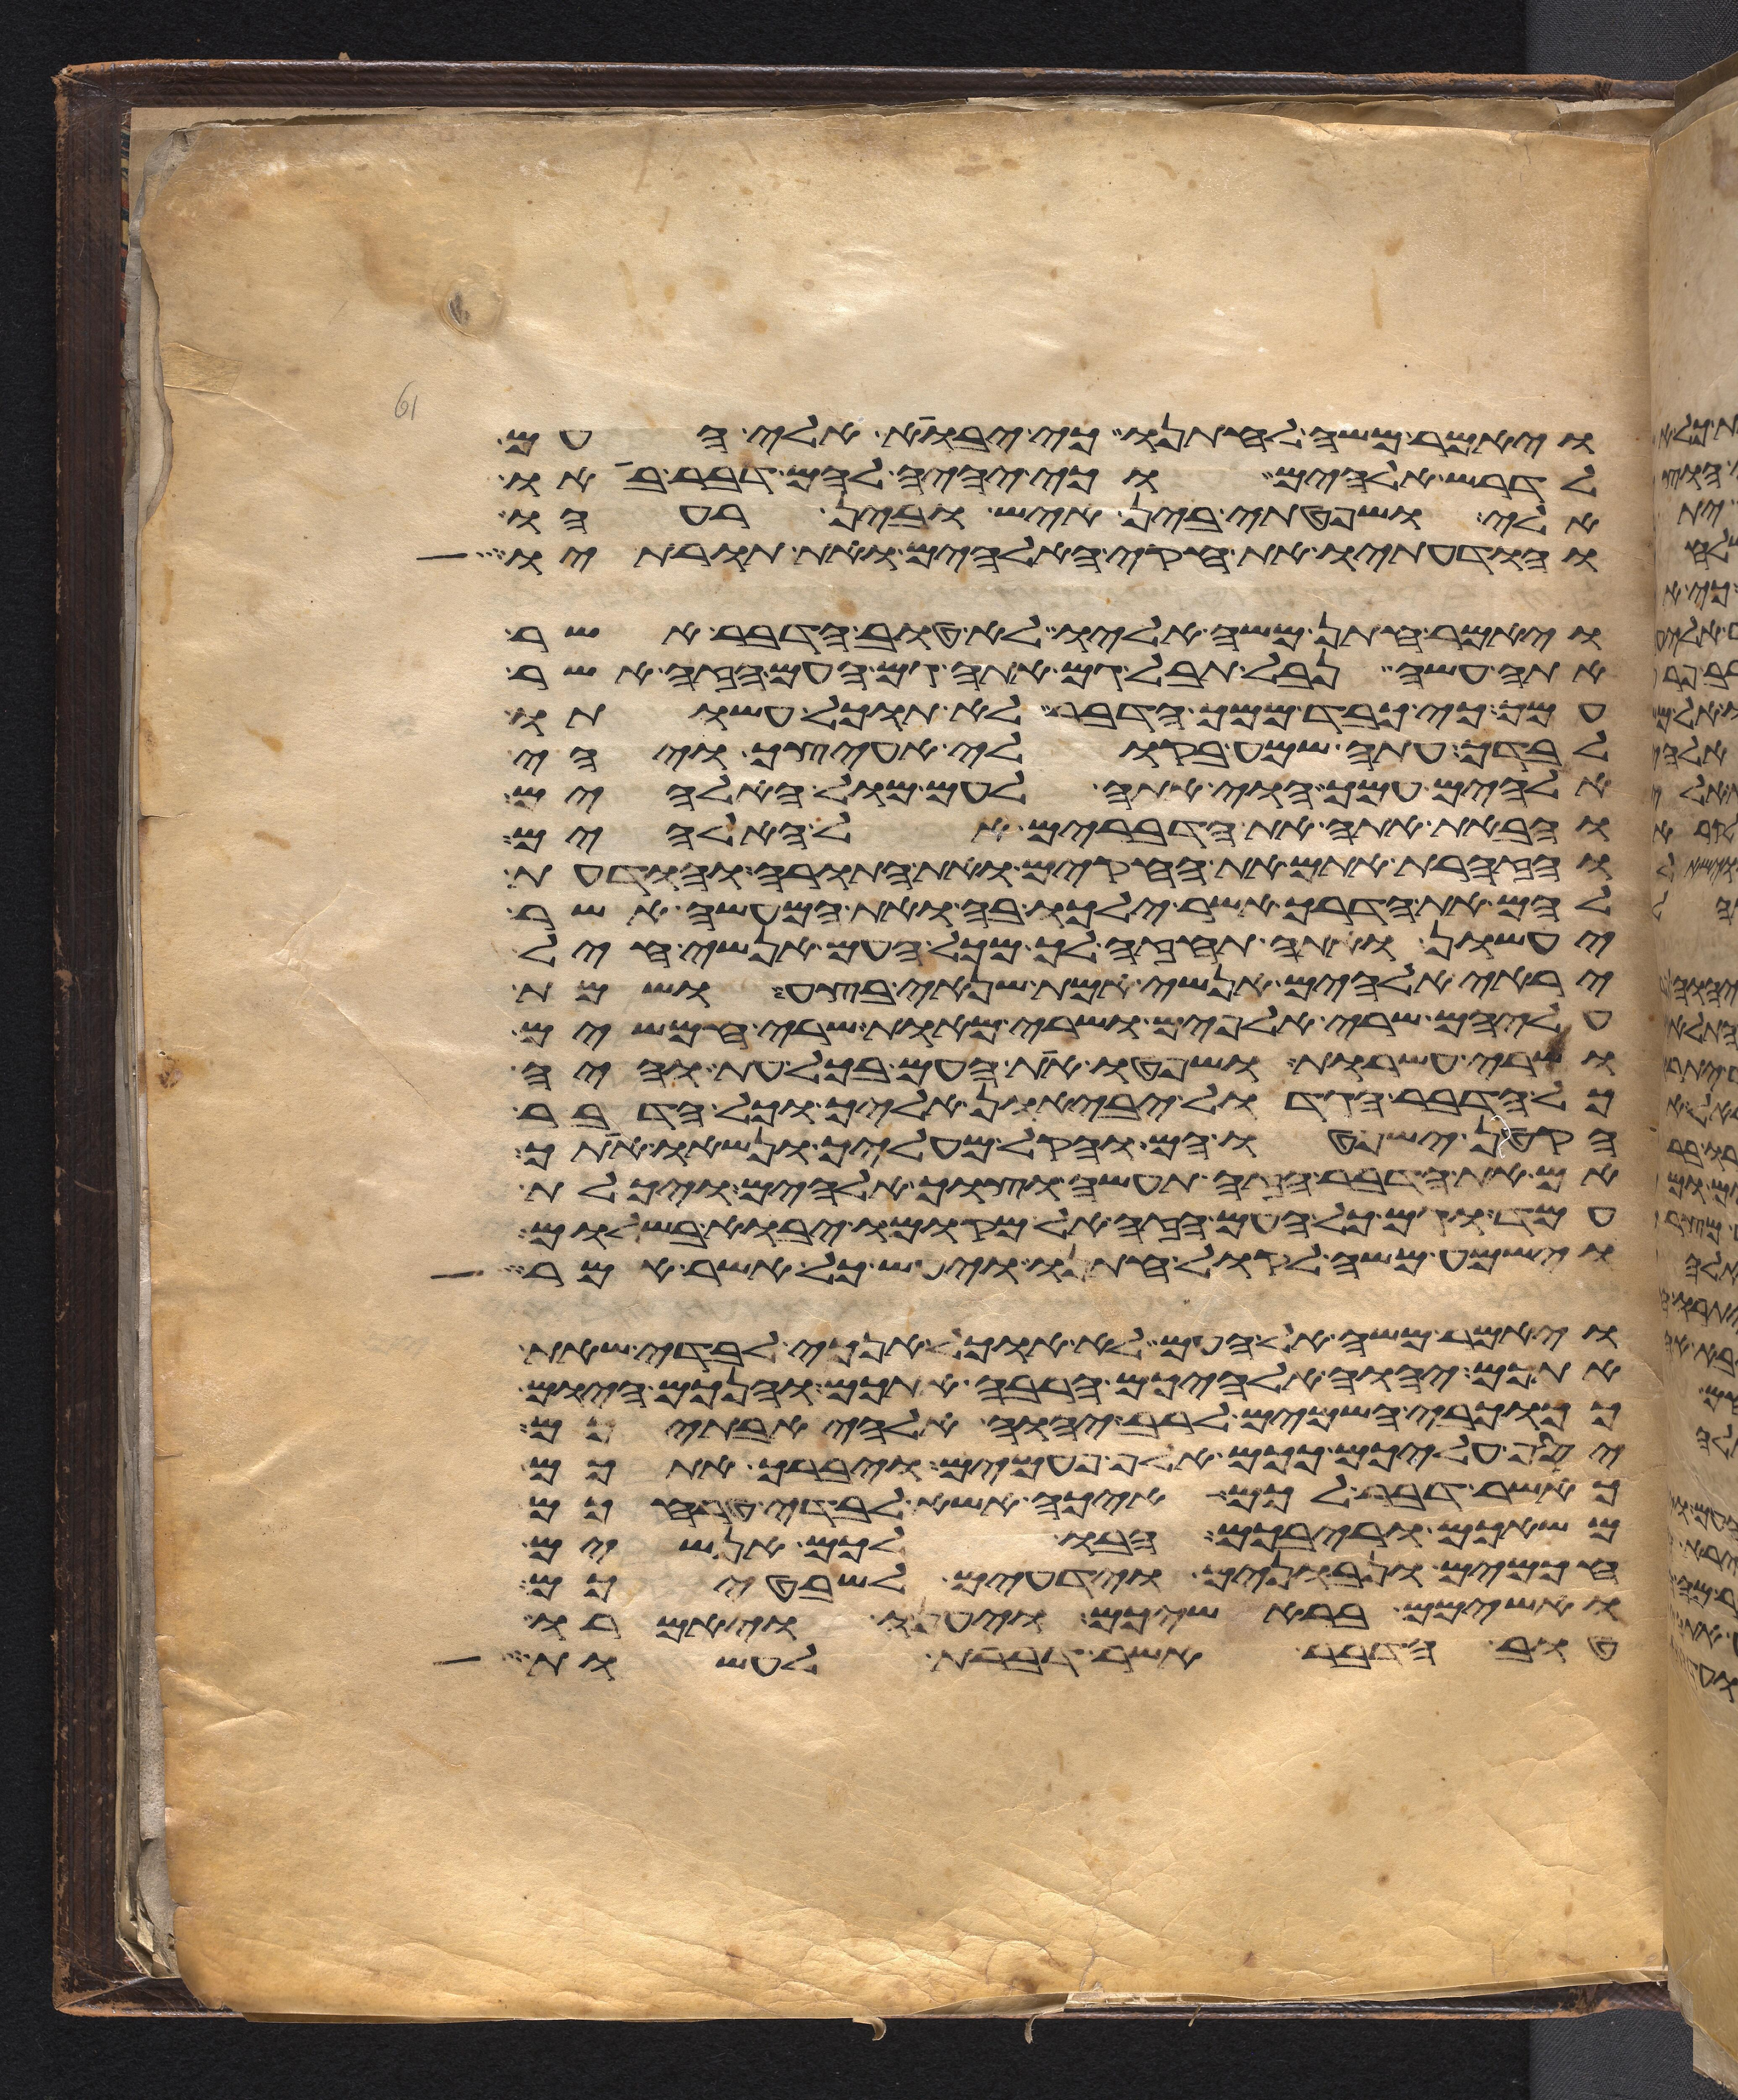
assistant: ויאמר משה לחתנו כי יבוא אלי העם
לדרש אלהים כי יהיה להם דבר בא
אלי ושפטתי בין איש ובין רעהו
והודעתיו את חקי האלהים ואת תורותיו
ויאמר חתן משה אליו לא טוב הדבר אשר
אתה עשה נבל תבל גם אתה גם העם הזה אשר
עמך כי כבד ממך הדבר לא תוכל עשותו
לבדך עתה שמע בקולי אעיצך ויהי
אלהים עמך הוי אתה לעם מול האלהים
והבאת אתה את הדברים אל האלהים
והזהרת אתם את החקים ואת התורה והודעת
להם את הדרך אשר ילכו בה ואת המעשה אשר
יעשון ואתה תחזה לך מכל העם אנשי חיל
יראי אלהים אנשי אמת שנאי בצע ושמת
עליהם שרי אלפים ושרי מאות שרי חמשים
ושרי עשרות ושפטו את העם בכל עת והיה
כל הדבר הגדול יביאון אליך וכל הדבר
הקטן ישפטו הם והקל מעליך ונשאו אתך
אם את הדבר הזה תעשה וצוך אלהים ויכלת
עמד וגם כל העם הזה אל מקומו יבוא בשלום
וישמע משה לקול חתנו ויעש כל אשר אמר
ויאמר משה אל העם לא אוכל אנכי לבדי שאת
אתכם יהוה אלהיכם הרבה אתכם והנכם היום
ככוכבי השמים לרב יהוה אלהי אבתיכם
יסף עליכם ככם אלף פעמים ויברך אתכם
כאשר דבר לכם איכה אשא לבדי טרחכם
משאכם וריבכם הבו לכם אנשים
חכמים ונבונים וידעים לשבטיכם
ואשימם בראשיכם ויענו ויאמרו
טוב הדבר אשר דברת לעשות